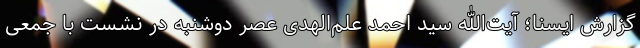
گزارش ایسنا؛ آیت‌الله سید احمد علم‌الهدی عصر دوشنبه در نشست با جمعی